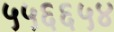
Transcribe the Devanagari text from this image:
५५६६५४